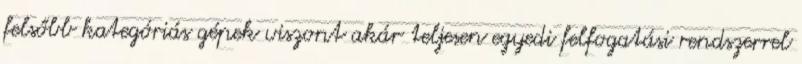
felsőbb kategóriás gépek viszont akár teljesen egyedi felfogatási rendszerrel